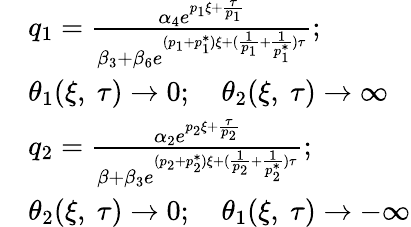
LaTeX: \begin{array}{rl}&{q_{1}=\frac{\alpha_{4}e^{p_{1}\xi+\frac{\tau}{p_{1}}}}{\beta_{3}+\beta_{6}e^{(p_{1}+p_{1}^{*})\xi+(\frac{1}{p_{1}}+\frac{1}{p_{1}^{*}})\tau}};}\\ &{\theta_{1}(\xi,\ \tau)\to 0;\quad\theta_{2}(\xi,\ \tau)\to\infty}\\ &{q_{2}=\frac{\alpha_{2}e^{p_{2}\xi+\frac{\tau}{p_{2}}}}{\beta+\beta_{3}e^{(p_{2}+p_{2}^{*})\xi+(\frac{1}{p_{2}}+\frac{1}{p_{2}^{*}})\tau}};}\\ &{\theta_{2}(\xi,\ \tau)\to 0;\quad\theta_{1}(\xi,\ \tau)\to-\infty}\end{array}